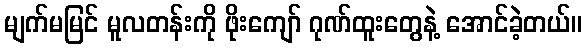
မျက်မမြင် မူလတန်းကို ဖိုးကျော် ဂုဏ်ထူးတွေနဲ့ အောင်ခဲ့တယ်။